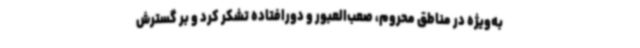
به‌ویژه در مناطق محروم، صعب‌العبور و دورافتاده تشکر کرد و بر گسترش